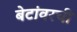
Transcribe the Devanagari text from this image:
बेटांवरची